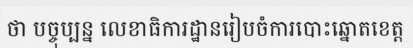
ថា បច្ចុប្បន្ន លេខាធិការដ្ឋានរៀបចំការបោះឆ្នោតខេត្ត